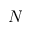
N